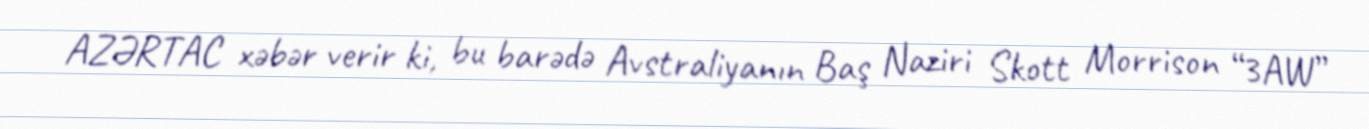
AZƏRTAC xəbər verir ki, bu barədə Avstraliyanın Baş Naziri Skott Morrison “3AW”